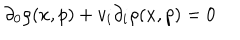
\partial _ { 0 } \rho ( x , p ) + v _ { i } \partial _ { i } \rho ( x , p ) = 0